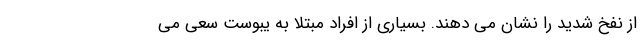
از نفخ شدید را نشان می دهند. بسیاری از افراد مبتلا به یبوست سعی می